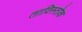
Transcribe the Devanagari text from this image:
ताविस्तोक